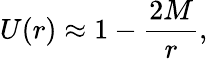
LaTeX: U(r)\approx 1-\frac{2M}{r},